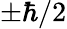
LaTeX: \pm\hbar/2